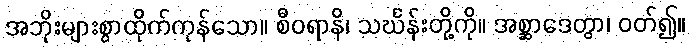
အဘိုးများစွာထိုက်ကုန်သော။ စီဝရာနိ၊ သင်္ဃန်းတို့ကို။ အစ္ဆာဒေတွာ၊ ဝတ်၍။